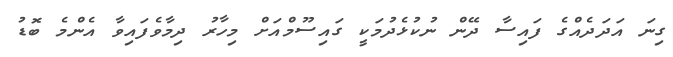
ގިނަ އަދަދެއްގެ ފައިސާ ދޭން ނުކުޅެދުމަކީ ގައިސޫމްއަށް މިހާރު ދިމާވެފައިވާ އެންމެ ބޮޑު